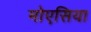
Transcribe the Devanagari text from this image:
मोएसिया